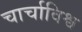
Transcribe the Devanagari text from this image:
चार्चाविश्व